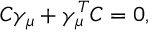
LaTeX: C \gamma _ { \mu } + \gamma _ { \mu } ^ { T } C = 0 ,